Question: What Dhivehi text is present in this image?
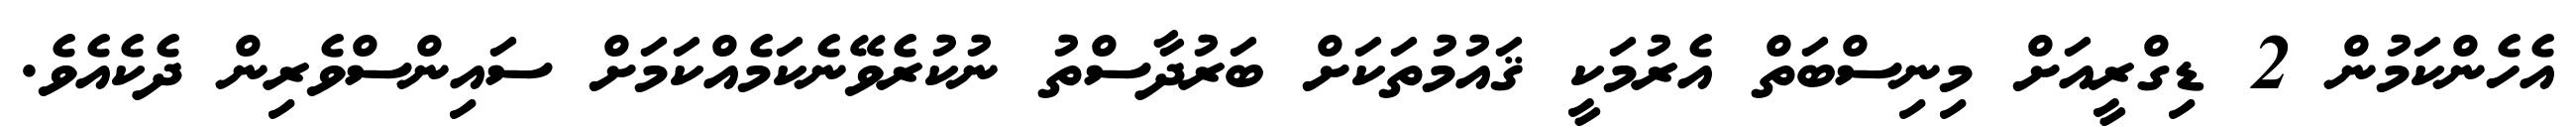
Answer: އެހެންކަމުން 2 ޑިގްރީއަށް މިނިސްބަތް އެރުމަކީ ޤައުމުތަކަށް ބަރުދާސްތު ނުކުރެވޭނެކަމެއްކަމަށް ސައިންސްވެރިން ދެކެއެވެ.